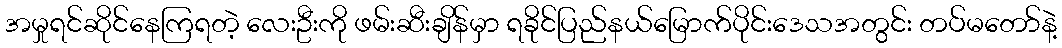
အမှုရင်ဆိုင်နေကြရတဲ့ လေးဦးကို ဖမ်းဆီးချိန်မှာ ရခိုင်ပြည်နယ်မြောက်ပိုင်းဒေသအတွင်း တပ်မတော်နဲ့